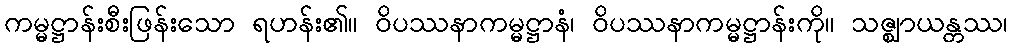
ကမ္မဋ္ဌာန်းစီးဖြန်းသော ရဟန်း၏။ ဝိပဿနာကမ္မဋ္ဌာနံ၊ ဝိပဿနာကမ္မဋ္ဌာန်းကို။ သဇ္ဈာယန္တဿ၊